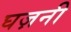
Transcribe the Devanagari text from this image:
घज़नी